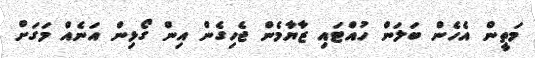
މަތީން އެހެން ބަލަން ހުއްޓައި ޒާޔާމެން ޖެހިގެން އިން ގޯޅިން އަނެއް މަގަށް